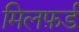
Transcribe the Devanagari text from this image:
मिलफ़र्ड